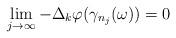
LaTeX: \begin{align*} \lim_{j\to \infty} -\Delta_k \varphi(\gamma_{n_j}(\omega))=0\end{align*}